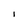
Character: 1